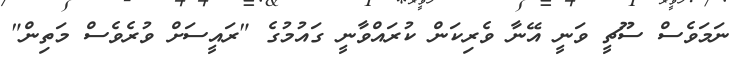
ނަމަވެސް ސޫޗީ ވަނީ އޭނާ ވެރިކަން ކުރައްވާނީ ގައުމުގެ "ރައީސަށް ވުރެވެސް މަތިން"